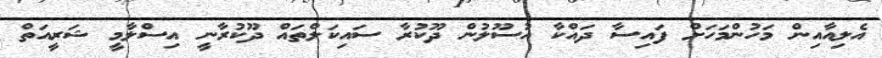
އެލިއާއިން މަހުންމަހަށް ފައިސާ ދައްކާ އުސޫލުން ދޫކުރާ ސައިކަލްތައް ދޫކުރާނީ އިސްލާމީ ޝަރީއަތް